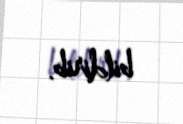
bildirib.